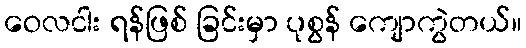
ဝေလငါး ရန်ဖြစ် ခြင်းမှာ ပုစွန် ကျောကွဲတယ်။